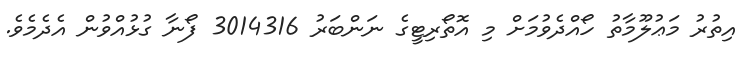
އިތުރު މަޢުލޫމާތު ހޯއްދެވުމަށް މި އޮތޯރިޓީގެ ނަންބަރު 3014316 ފޯނާ ގުޅުއްވުން އެދެމެވެ.